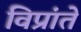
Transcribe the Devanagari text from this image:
विप्रांते